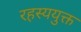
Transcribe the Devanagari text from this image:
रहस्ययुक्त